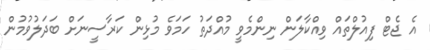
އެ ޖެޓް ފިއުލްތައް ވިއްކާލަން ނިންމެވީ މުއްދަތު ހަމަވެ މުޅިން ކަރާސީނަށް ބަދަލުވުމުން